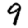
Digit: 9